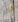
يا